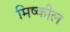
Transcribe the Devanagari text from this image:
मिष्कील